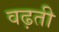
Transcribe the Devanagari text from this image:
वढ़ती